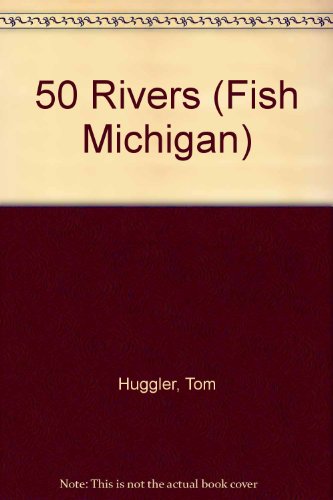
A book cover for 50 Rivers (Fish Michigan); Tom Huggler; Travel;